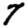
Digit: 7